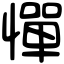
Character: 憚